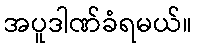
အပူဒါဏ်ခံရမယ်။